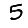
Digit: 5